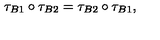
\tau _ { B 1 } \circ \tau _ { B 2 } = \tau _ { B 2 } \circ \tau _ { B 1 } ,